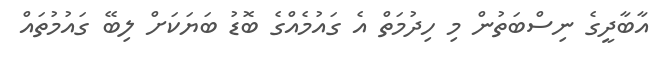
އާބާދީގެ ނިސްބަތުން މި ހިދުމަތް އެ ގައުމެއްގެ ބޮޑު ބަޔަކަށް ލިބޭ ގައުމުތައް